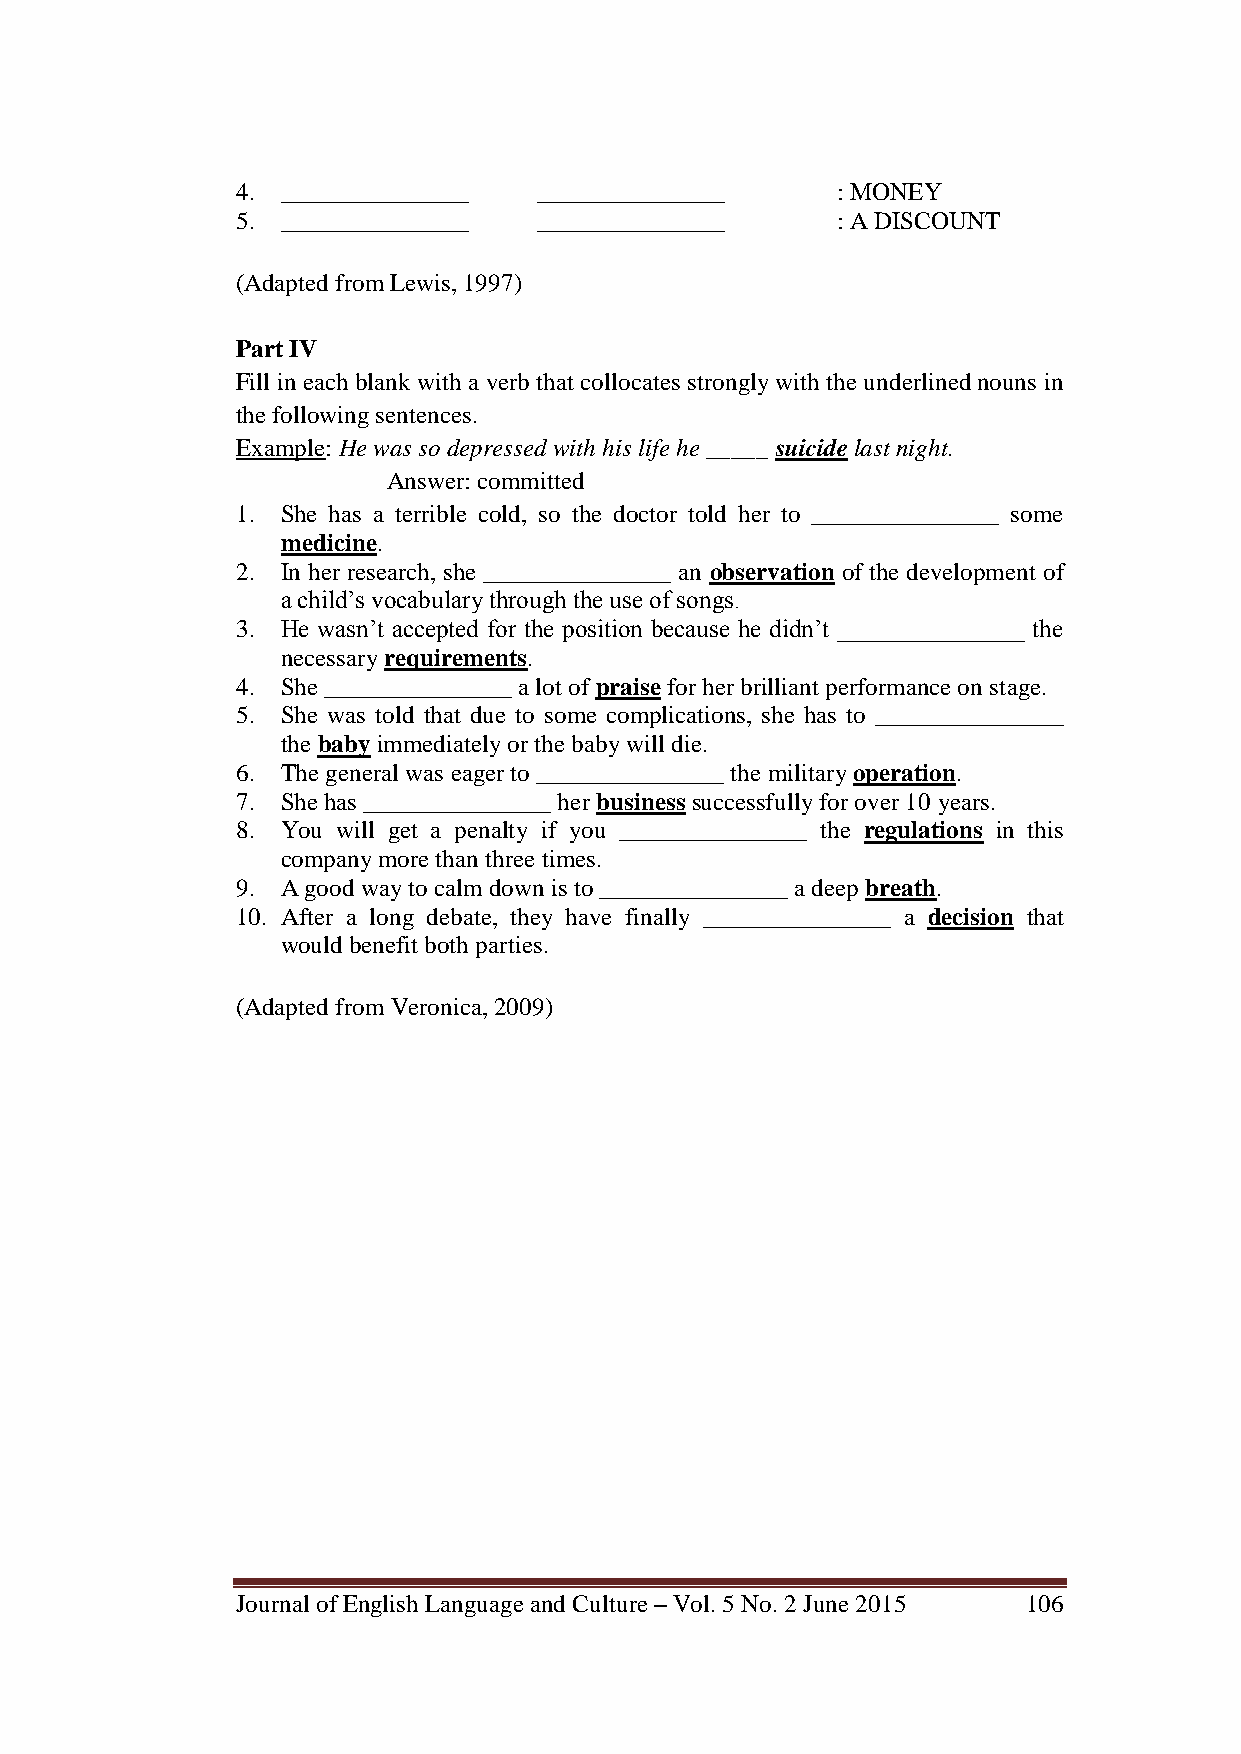
4. _______________  _______________    : MONEY
 5. _______________  _______________    : A DISCOUNT
 (Adapted from Lewis, 1997)
 Part IV
 Fill in each blank with a verb that collocates strongly with the underlined nouns in
 the following sentences.
 Example: He was so depressed with his life he _____ suicide last night.
 Answer: committed
 1. She has a terrible cold, so the doctor told her to _______________ some
 medicine.
 2. In her research, she _______________ an observation of the development of
 a child‘s vocabulary through the use of songs.
 3. He wasn‘t accepted for the position because he didn‘t _______________ the
 necessary requirements.
 4. She _______________ a lot of praise for her brilliant performance on stage.
 5. She was told that due to some complications, she has to _______________
 the baby immediately or the baby will die.
 6. The general was eager to _______________ the military operation.
 7. She has _______________ her business successfully for over 10 years.
 8. You will get a penalty if you _______________ the regulations in this
 company more than three times.
 9. A good way to calm down is to _______________ a deep breath.
 10. After a long debate, they have finally _______________ a decision that
 would benefit both parties.
 (Adapted from Veronica, 2009)
 Journal of English Language and Culture – Vol. 5 No. 2 June 2015 106